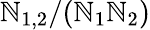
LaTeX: \mathbb{N}_{1,2}/(\mathbb{N}_{1}\mathbb{N}_{2})